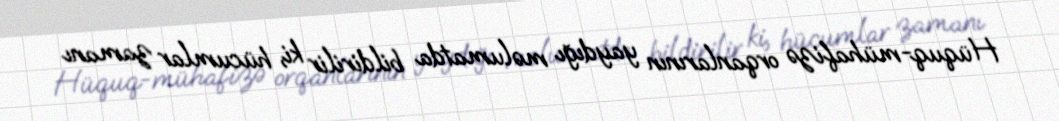
Hüquq-mühafizə orqanlarının yaydığı məlumatda bildirilir ki, hücumlar zamanı